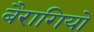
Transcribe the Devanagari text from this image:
बैरागियों